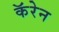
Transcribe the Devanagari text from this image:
कॅरेन